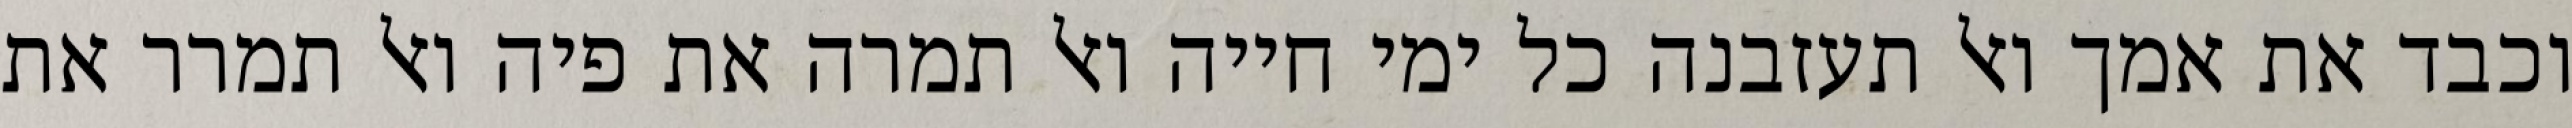
וכבד את אמך ואל תעזבנה כל ימי חייה ואל תמרה את פיה ואל תמרר את